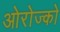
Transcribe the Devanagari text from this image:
ओरोज्को